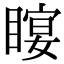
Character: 𥉛